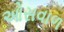
ઓસવાળ